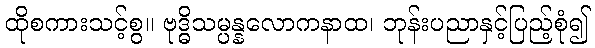
ထိုစကားသင့်စွ။ ဗုဒ္ဓိသမ္ပန္နလောကနာထ၊ ဘုန်းပညာနှင့်ပြည့်စုံ၍